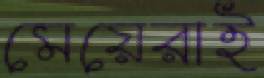
মেয়েরাই